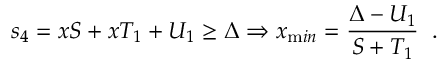
s _ { 4 } = x S + x T _ { 1 } + U _ { 1 } \geq \Delta \Rightarrow x _ { \mathrm m i n } = \frac { \Delta - U _ { 1 } } { S + T _ { 1 } } \; \; .